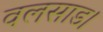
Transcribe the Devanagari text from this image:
वलसाड।